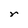
Character: r